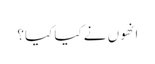
انھوں نے کیا کیا؟